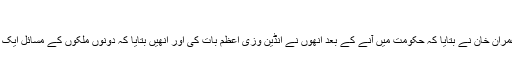
’
وزیراعظم نریندر مودی کے حوالے سے بات کرتے ہوئے عمران خان نے بتایا کہ حکومت میں آنے کے بعد انھوں نے انڈین وزی اعظم بات کی اور انھیں بتایا کہ دونوں ملکوں کے مسائل ایک جیسے ہیں لیکن ان کی تمام کوششوں کو نظر انداز کر دیا گیا۔